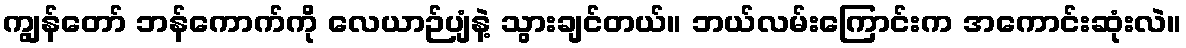
ကျွန်တော် ဘန်ကောက်ကို လေယာဉ်ပျံနဲ့ သွားချင်တယ်။ ဘယ်လမ်းကြောင်းက အကောင်းဆုံးလဲ။